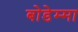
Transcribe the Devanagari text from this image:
बोडेम्मा